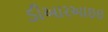
ડીઆરઆઇઇ